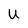
Character: U